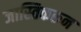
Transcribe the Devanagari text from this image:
जास्तिकरुन